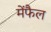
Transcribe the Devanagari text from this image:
मेंफैल